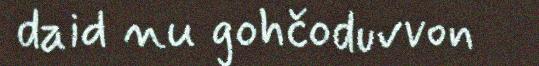
daid nu gohčoduvvon